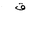
Letter: _qaf